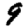
Digit: 9